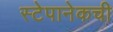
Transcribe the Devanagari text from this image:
स्टेपानेकची